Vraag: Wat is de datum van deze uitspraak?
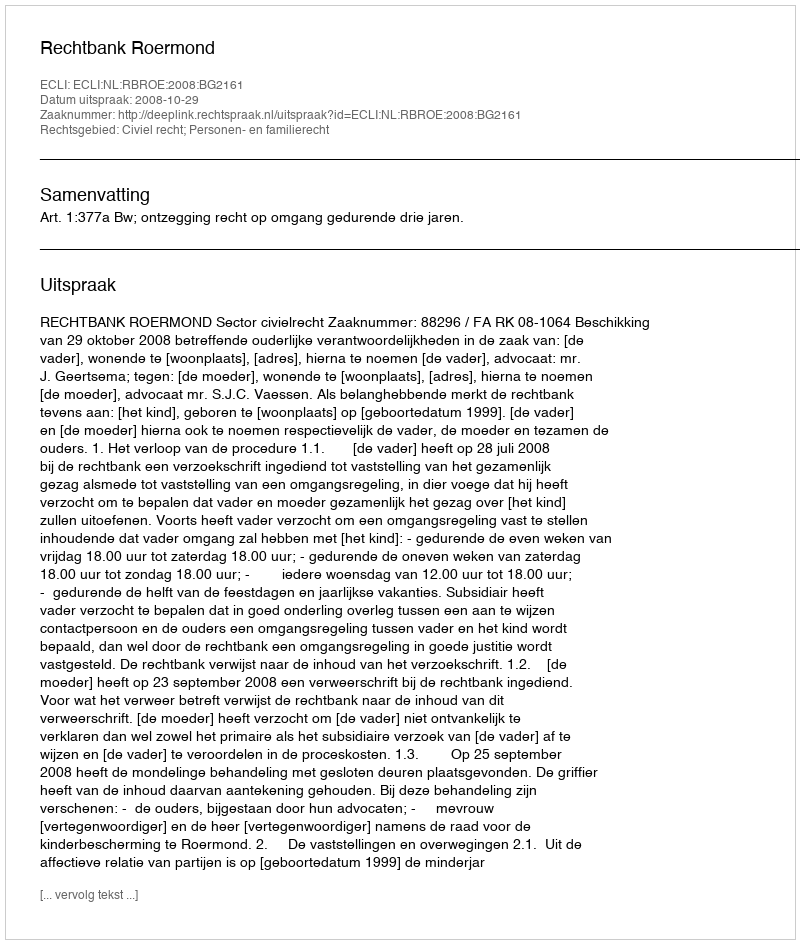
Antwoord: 2008-10-29